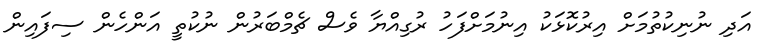
އަދި ނުނިކުތުމަށް އިރުކޮޅަކު އިނުމަށްފަހު ރުގިއްޔާ ވެސް ޗެމްބަރުން ނުކުތީ އަންހެން ސިފައިން